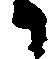
候